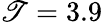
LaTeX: \mathscr{T}=3.9